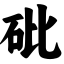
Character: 砒